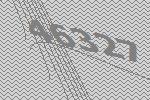
46327